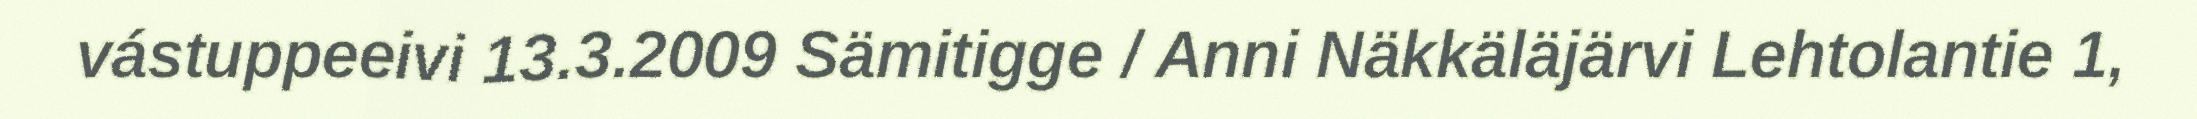
vástuppeeivi 13.3.2009 Sämitigge / Anni Näkkäläjärvi Lehtolantie 1,